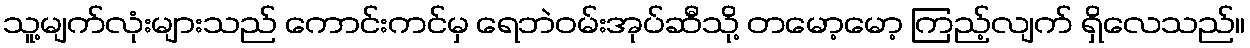
သူ့မျက်လုံးများသည် ကောင်းကင်မှ ရေဘဲဝမ်းအုပ်ဆီသို့ တမော့မော့ ကြည့်လျက် ရှိလေသည်။